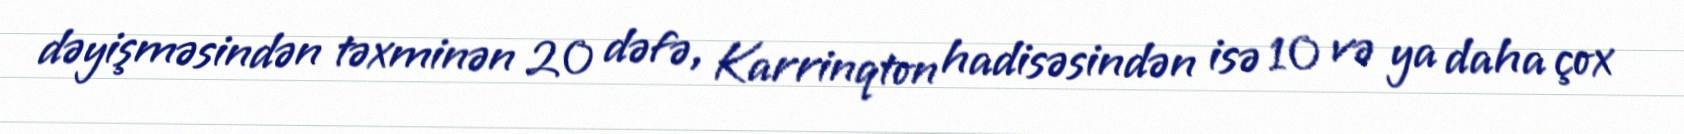
dəyişməsindən təxminən 20 dəfə, Karrinqton hadisəsindən isə 10 və ya daha çox